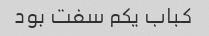
کباب یکم سفت بود